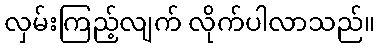
လှမ်းကြည့်လျက် လိုက်ပါလာသည်။